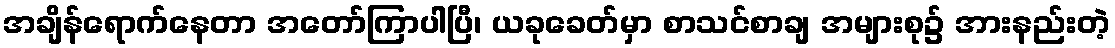
အချိန်ရောက်နေတာ အတော်ကြာပါပြီ၊ ယခုခေတ်မှာ စာသင်စာချ အများစု၌ အားနည်းတဲ့